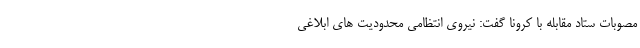
مصوبات ستاد مقابله با کرونا گفت: نیروی انتظامی محدودیت های ابلاغی